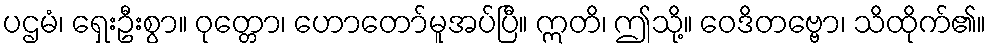
ပဌမံ၊ ရှေးဦးစွာ။ ဝုတ္တော၊ ဟောတော်မူအပ်ပြီ။ ဣတိ၊ ဤသို့။ ဝေဒိတဗ္ဗော၊ သိထိုက်၏။